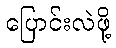
ပြောင်းလဲဖို့